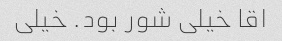
اقا خیلی شور بود. خیلی